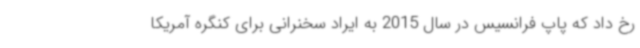
رخ داد که پاپ فرانسیس در سال 2015 به ایراد سخنرانی برای کنگره آمریکا